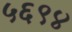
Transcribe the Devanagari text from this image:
५६९४